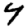
Digit: 4